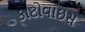
કાટોવાઇસ